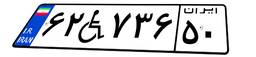
۶۲W۷۳۶۵۰